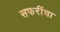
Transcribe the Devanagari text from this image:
सफरींचा